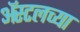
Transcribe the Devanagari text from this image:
ॲस्टलच्या